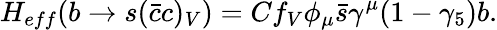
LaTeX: H_{eff}(b\rightarrow s(\bar{c}c)_{V})=Cf_{V}\phi_{\mu}\bar{s}\gamma^{\mu}(1-\gamma_{5})b.